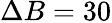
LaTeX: \Delta B=30